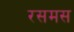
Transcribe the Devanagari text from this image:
रसमस